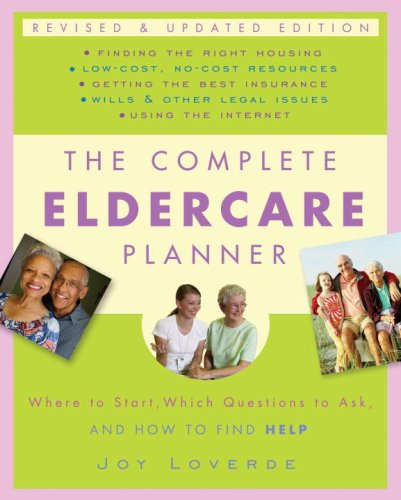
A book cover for The Complete Eldercare Planner, Revised and Updated Edition: Where to Start, Which Questions to Ask, and How to Find Help; Joy Loverde; Parenting & Relationships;